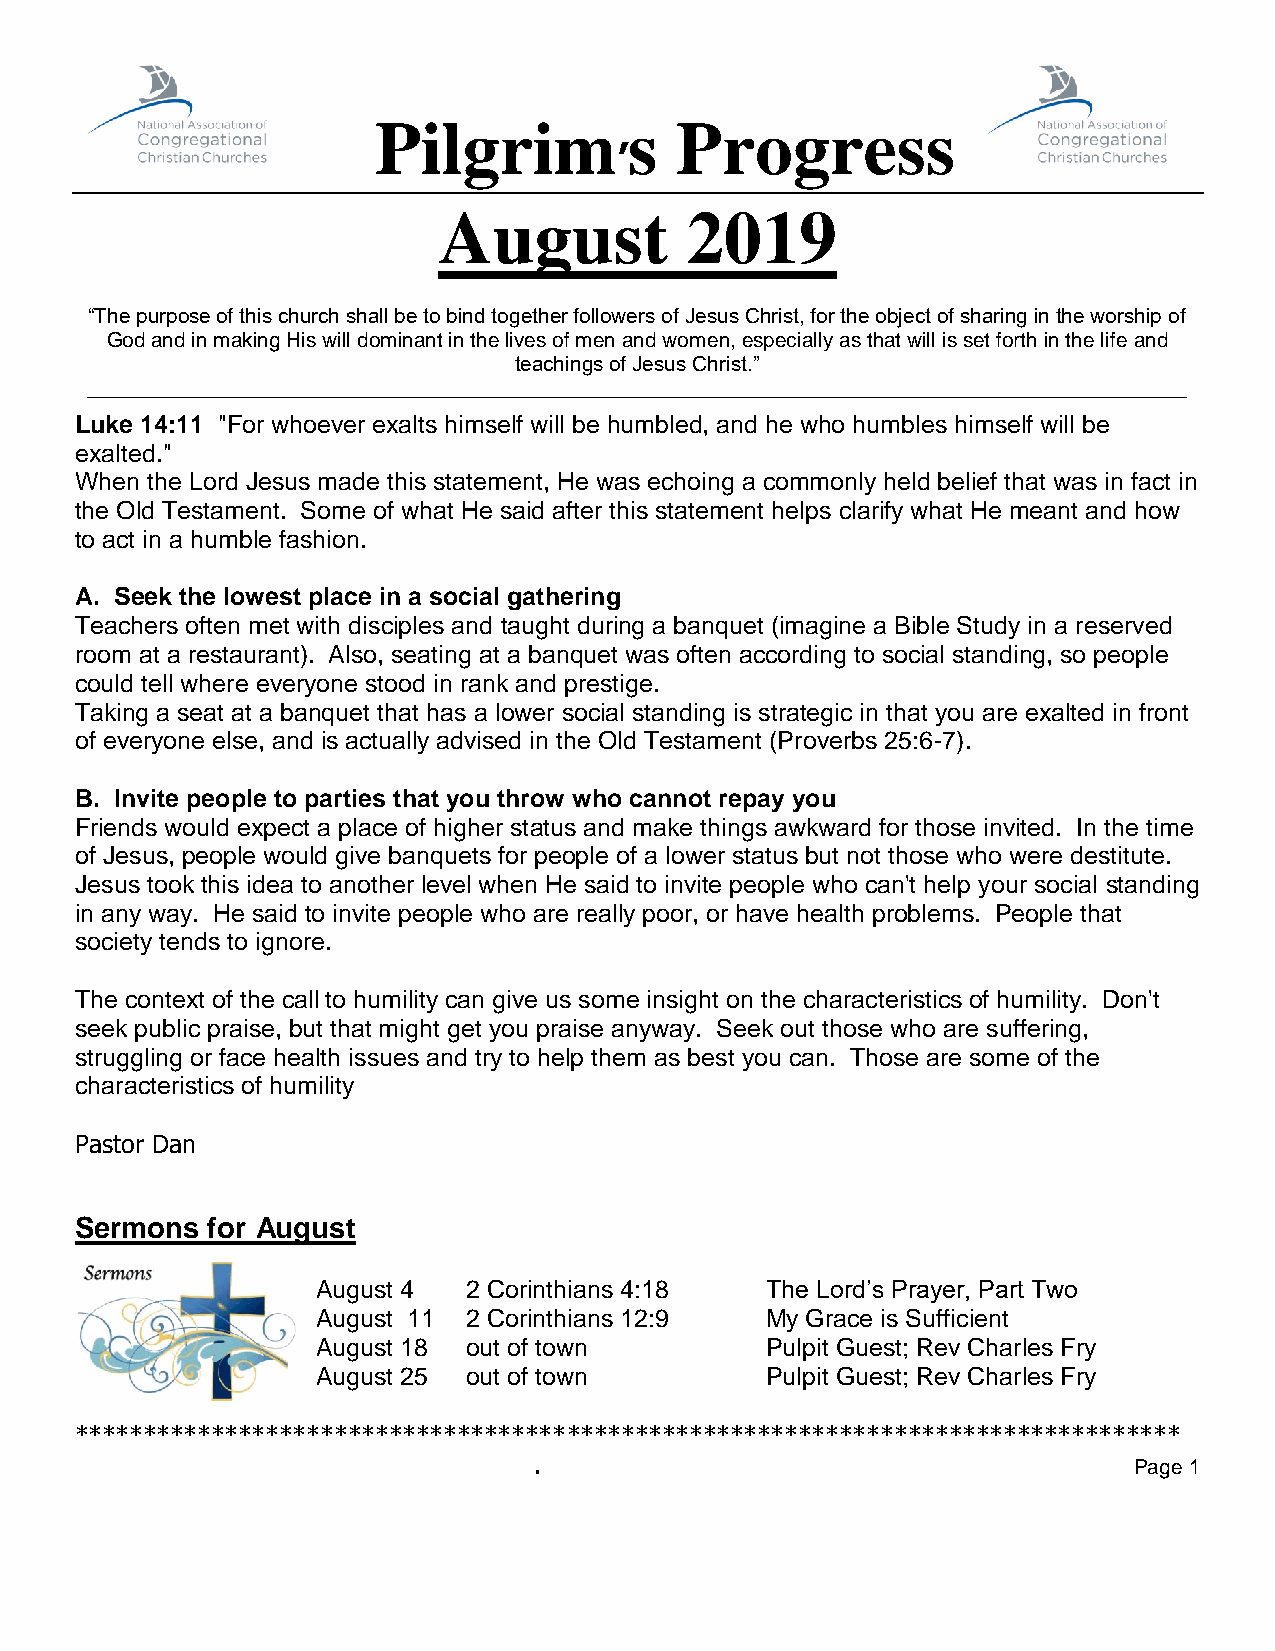
Pilgrim          s  Progress
 ’
 August          2019
 “The purpose of this church shall be to bind together followers of Jesus Christ, for the object of sharing in the worship of
 God and in making His will dominant in the lives of men and women, especially as that will is set forth in the life and
 teachings of Jesus Christ.”
 _______________________________________________________________________________________________
 Luke 14:11 "For whoever exalts himself will be humbled, and he who humbles himself will be
 exalted."
 When the Lord Jesus made this statement, He was echoing a commonly held belief that was in fact in
 the Old Testament. Some of what He said after this statement helps clarify what He meant and how
 to act in a humble fashion.
 A. Seek the lowest place in a social gathering
 Teachers often met with disciples and taught during a banquet (imagine a Bible Study in a reserved
 room at a restaurant). Also, seating at a banquet was often according to social standing, so people
 could tell where everyone stood in rank and prestige.
 Taking a seat at a banquet that has a lower social standing is strategic in that you are exalted in front
 of everyone else, and is actually advised in the Old Testament (Proverbs 25:6-7).
 B. Invite people to parties that you throw who cannot repay you
 Friends would expect a place of higher status and make things awkward for those invited. In the time
 of Jesus, people would give banquets for people of a lower status but not those who were destitute.
 Jesus took this idea to another level when He said to invite people who can't help your social standing
 in any way. He said to invite people who are really poor, or have health problems. People that
 society tends to ignore.
 The context of the call to humility can give us some insight on the characteristics of humility. Don't
 seek public praise, but that might get you praise anyway. Seek out those who are suffering,
 struggling or face health issues and try to help them as best you can. Those are some of the
 characteristics of humility
 Pastor Dan
 Sermons  for August
 August 4  2 Corinthians 4:18  The Lord’s Prayer, Part Two
 August 11 2 Corinthians 12:9  My Grace is Sufficient
 August 18 out of town         Pulpit Guest; Rev Charles Fry
 August 25 out of town         Pulpit Guest; Rev Charles Fry
 *********************************************************************************
 .                                       Page 1